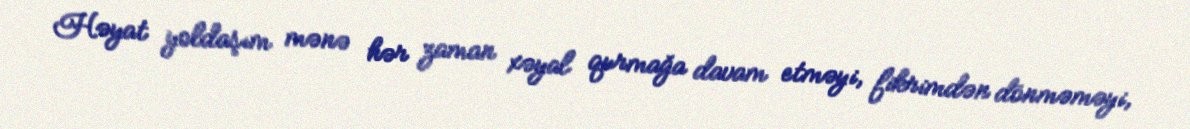
Həyat yoldaşım mənə hər zaman xəyal qurmağa davam etməyi, fikrimdən dönməməyi,